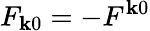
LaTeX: F_{\mathbf{k}0}=-F^{\mathbf{k}0}